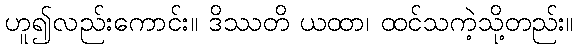
ဟူ၍လည်းကောင်း။ ဒိဿတိ ယထာ၊ ထင်သကဲ့သို့တည်း။